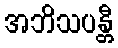
အဘိသပန္တီ